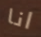
انا